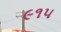
૯૧૫